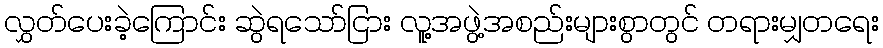
လွှတ်ပေးခဲ့ကြောင်း ဆွဲရသော်ငြား လူ့အဖွဲ့အစည်းများစွာတွင် တရားမျှတရေး